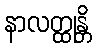
နာလတ္ထုန္တိ